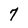
Character: 7